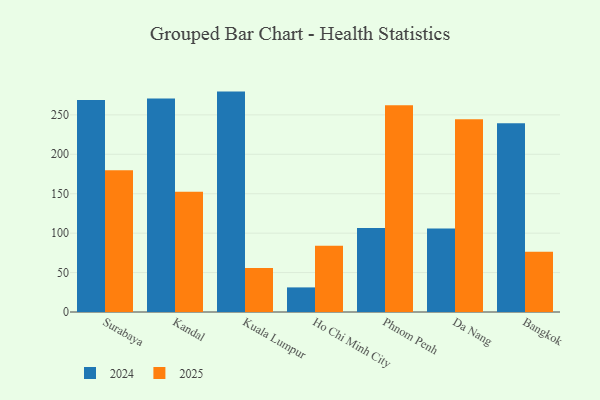
{"axis": {"x": "City", "y": "Production Output"}, "legend": ["2024", "2025"], "data": [{"x": "Surabaya", "y": 268.7, "type": "2024"}, {"x": "Surabaya", "y": 179.7, "type": "2025"}, {"x": "Kandal", "y": 270.7, "type": "2024"}, {"x": "Kandal", "y": 152.6, "type": "2025"}, {"x": "Kuala Lumpur", "y": 279.5, "type": "2024"}, {"x": "Kuala Lumpur", "y": 55.8, "type": "2025"}, {"x": "Ho Chi Minh City", "y": 31.2, "type": "2024"}, {"x": "Ho Chi Minh City", "y": 84.0, "type": "2025"}, {"x": "Phnom Penh", "y": 106.5, "type": "2024"}, {"x": "Phnom Penh", "y": 262.1, "type": "2025"}, {"x": "Da Nang", "y": 105.8, "type": "2024"}, {"x": "Da Nang", "y": 244.3, "type": "2025"}, {"x": "Bangkok", "y": 239.4, "type": "2024"}, {"x": "Bangkok", "y": 76.4, "type": "2025"}]}